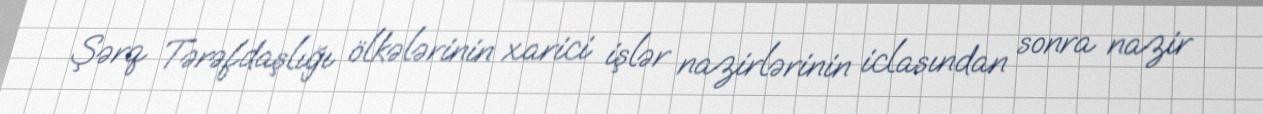
Şərq Tərəfdaşlığı ölkələrinin xarici işlər nazirlərinin iclasından sonra nazir